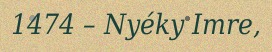
1474 – Nyéky Imre,